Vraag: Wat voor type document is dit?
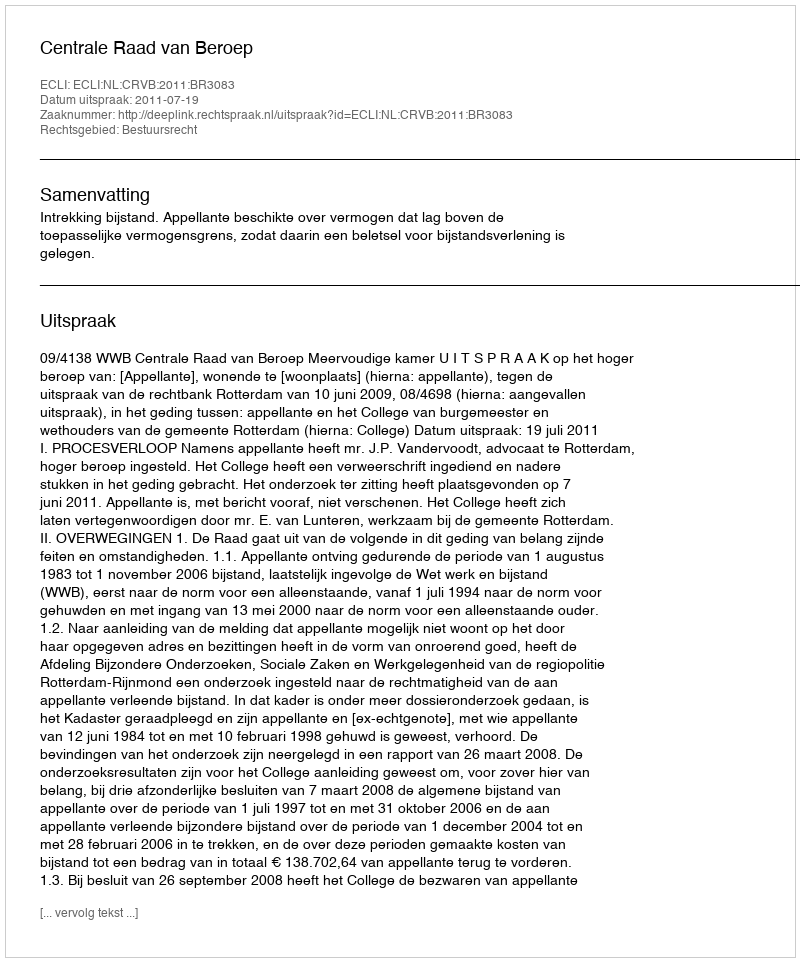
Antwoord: Uitspraak